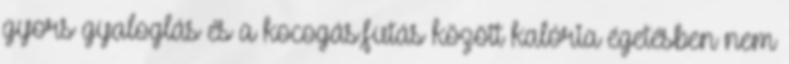
gyors gyaloglás és a kocogás,futás között kalória égetésben nem